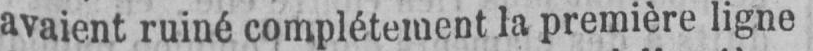
avaient ruiné complétement la première ligne